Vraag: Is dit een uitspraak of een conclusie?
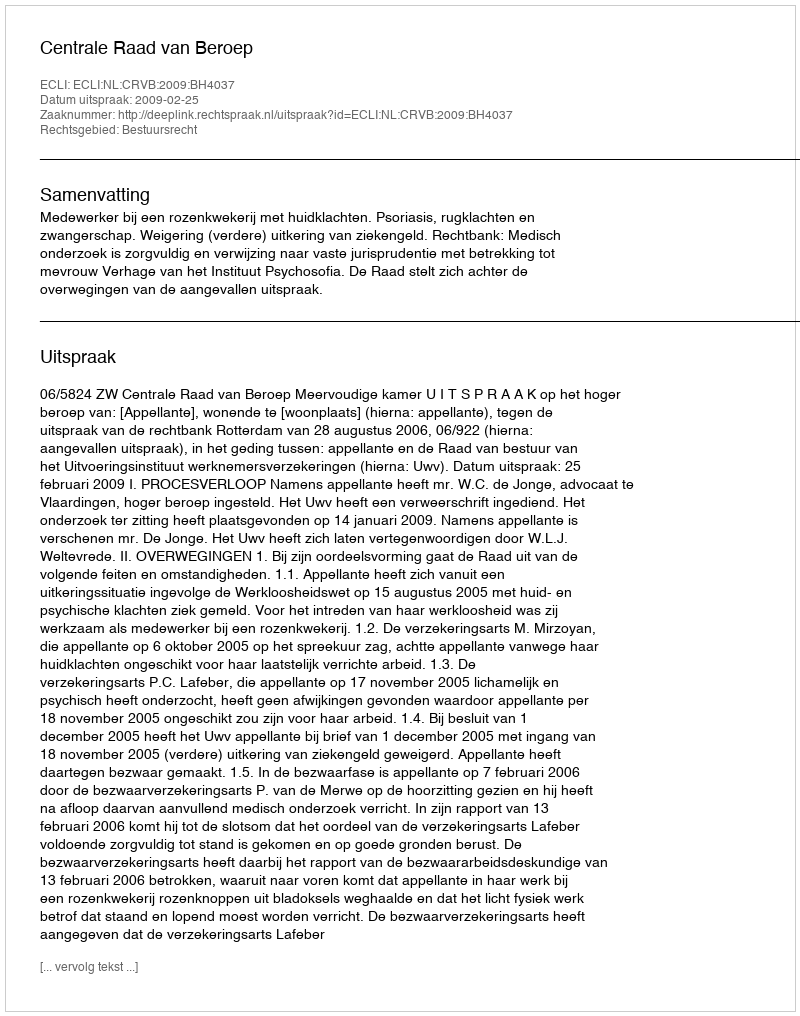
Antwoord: Uitspraak